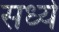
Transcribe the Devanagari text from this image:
सध्ये